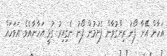
އަހާން އޭނާ ފޯނު ރިންގުވާން ފެށުމުން ފޯނު ނެގިިއިރު ގުޅީ އަހާނާއެވެ. އަވަހައް